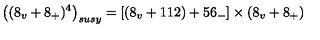
\left( ( 8 _ { v } + 8 _ { + } ) ^ { 4 } \right) _ { s u s y } = \left[ \left( 8 _ { v } + 1 1 2 \right) + 5 6 _ { - } \right] \times ( 8 _ { v } + 8 _ { + } )